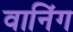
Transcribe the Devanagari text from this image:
वानिंग